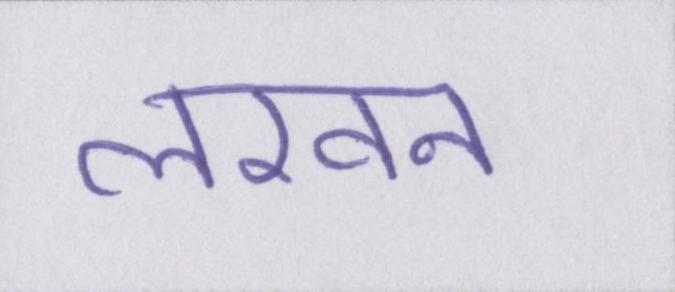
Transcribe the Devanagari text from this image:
लखन